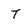
Character: T